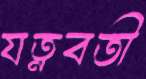
যত্নবতী